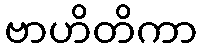
ဗာဟိတိကာ